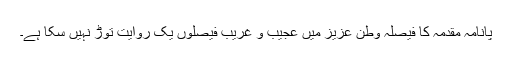
پانامہ مقدمہ کا فیصلہ وطن عزیز میں عجیب و غریب فیصلوں یک روایت توڑ نہیں سکا ہے۔